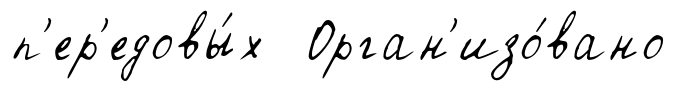
п'ер'едовы́х Орган'изо́вано